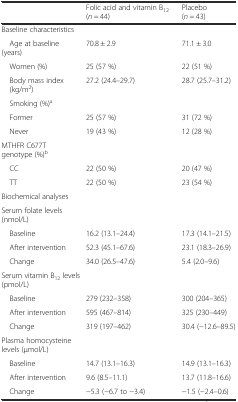
|  | Folic acid and vitamin B12 (n = 44) | Placebo (n = 43) |
 | --- | --- | --- |
 | Baseline characteristics |  |  |
 | Age at baseline (years) | 70.8 ± 2.9 | 71.1 ± 3.0 |
 | Women (%) | 25 (57 %) | 22 (51 %) |
 | Body mass index (kg/m2) | 27.2 (24.4–29.7) | 28.7 (25.7–31.2) |
 | Smoking (%)a |  |  |
 | Former | 25 (57 %) | 31 (72 %) |
 | Never | 19 (43 %) | 12 (28 %) |
 | MTHFR C677T genotype (%)b |  |  |
 | CC | 22 (50 %) | 20 (47 %) |
 | TT | 22 (50 %) | 23 (54 %) |
 | Biochemical analyses |  |  |
 | Serum folate levels (nmol/L) |  |  |
 | Baseline | 16.2 (13.1–24.4) | 17.3 (14.1–21.5) |
 | After intervention | 52.3 (45.1–67.6) | 23.1 (18.3–26.9) |
 | Change | 34.0 (26.5–47.6) | 5.4 (2.0–9.6) |
 | Serum vitamin B12 levels (pmol/L) |  |  |
 | Baseline | 279 (232–358) | 300 (204–365) |
 | After intervention | 595 (467–814) | 325 (230–449) |
 | Change | 319 (197–462) | 30.4 (−12.6–89.5) |
 | Plasma homocysteine levels (μmol/L) |  |  |
 | Baseline | 14.7 (13.1–16.3) | 14.9 (13.1–16.3) |
 | After intervention | 9.6 (8.5–11.1) | 13.7 (11.8–16.6) |
 | Change | −5.3 (−6.7 to −3.4) | −1.5 (−2.4–0.6) |